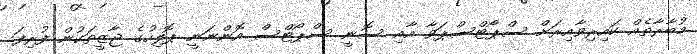
މުބާރާތެއް ކައިރިވާއިރަށް ސްޕޯޓްސްޕަވާ އާއި ސޮނީ ސްޕޯޓްސް އޮންނަނީ ޕޮލިހުގެ ޖާޒީތަކުން ފުރިފަ.